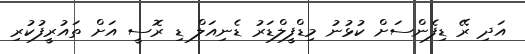
އަދި ރޭ ޑިފެންސަށް ކުޅުނު މިޑްފީލްޑަރު ޑެނިއަލް ޑި ރޮސީ އަށް ތައުރީފުކުރި